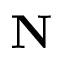
\mathbf { N }